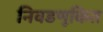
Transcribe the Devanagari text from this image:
निवडणूकित